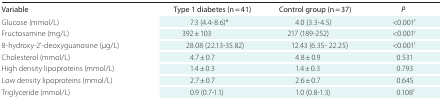
<table><thead><tr><td><b>Variable</b></td><td><b>Type 1 diabetes (n = 41)</b></td><td><b>Control group (n = 37)</b></td><td><b><i>P</i></b></td></tr></thead><tbody><tr><td>Glucose (mmol/L)</td><td>7.3 (4.4-8.6)*</td><td>4.0 (3.3-4.5)</td><td>&lt;0.001†</td></tr><tr><td>Fructosamine (mg/L)</td><td>392 ± 103</td><td>217 (189-252)</td><td>&lt;0.001†</td></tr><tr><td>8-hydroxy-2&#x27;-deoxyguanosine (μg/L)</td><td>28.08 (22.13-35.82)</td><td>12.43 (6.35- 22.25)</td><td>&lt;0.001†</td></tr><tr><td>Cholesterol (mmol/L)</td><td>4.7 ± 0.7</td><td>4.8 ± 0.9</td><td>0.531</td></tr><tr><td>High density lipoproteins (mmol/L)</td><td>1.4 ± 0.3</td><td>1.4 ± 0.3</td><td>0.793</td></tr><tr><td>Low density lipoproteins (mmol/L)</td><td>2.7 ± 0.7</td><td>2.6 ± 0.7</td><td>0.645</td></tr><tr><td>Triglyceride (mmol/L)</td><td>0.9 (0.7-1.1)</td><td>1.0 (0.8-1.3)</td><td>0.108†</td></tr></tbody></table>